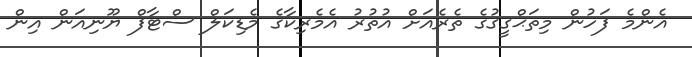
އެންމެ ފަހުން މިތަޙްޤީޤުގެ ތެރެއަށް އުތުރު އެމެރިކާގެ މެޑިކަލް ސްޓާފް ޔޫނިއަން އިން